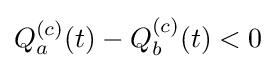
Q_{a}^{(c)}(t)-Q_{b}^{(c)}(t)<0